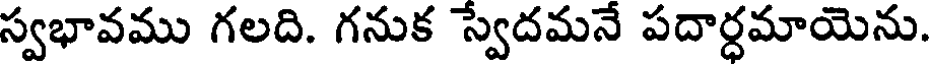
స్వభావము గలది. గనుక స్వేదమనే పదార్ధమాయెను.